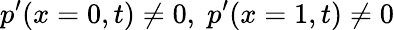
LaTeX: p^{\prime}(x=0,t)\neq 0,\; p^{\prime}(x=1,t)\neq 0